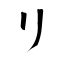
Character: リ